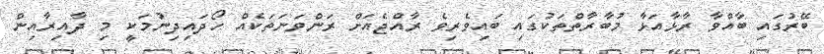
ބޭރުގައި ބާއްވާ ރާޅާއަޅާ މުބާރާތްތަކުގައި ބައިވެރިވެ ރާއްޖެއަށް ރަންވަނަތަކެއް ހޯދައިދިނުމަކީ މި ދާއިރާއިން